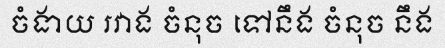
ចំងាយ រវាង ចំនុច ទៅនឹង ចំនុច នឹង